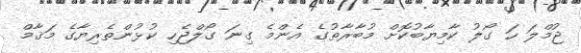
ޖުމްލަ ހަ ގޯލު ކާމިޔާބުކޮށް މުބާރާތުގެ އެންމެ ގިނަ ގޯލްޖެހި ކުޅުންތެރިޔާގެ މަޤާމް